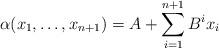
LaTeX: \begin{align*} \alpha(x_1,\ldots,x_{n+1})=A+\sum_{i=1}^{n+1} B^i x_i\end{align*}